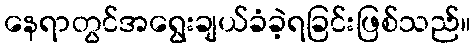
နေရာတွင်အရွေးချယ်ခံခဲ့ရခြင်းဖြစ်သည်။